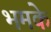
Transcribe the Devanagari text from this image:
भमके